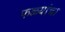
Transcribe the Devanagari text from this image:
फळ्यांचा